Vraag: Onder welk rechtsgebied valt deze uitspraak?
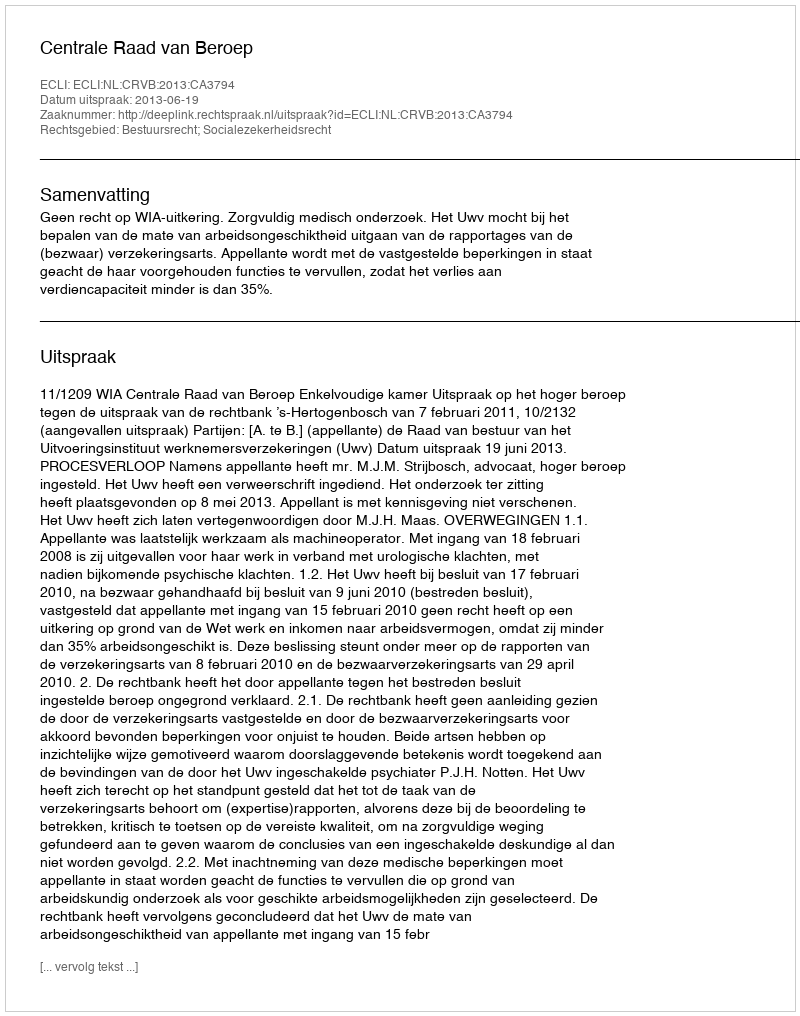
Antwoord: Bestuursrecht; Socialezekerheidsrecht